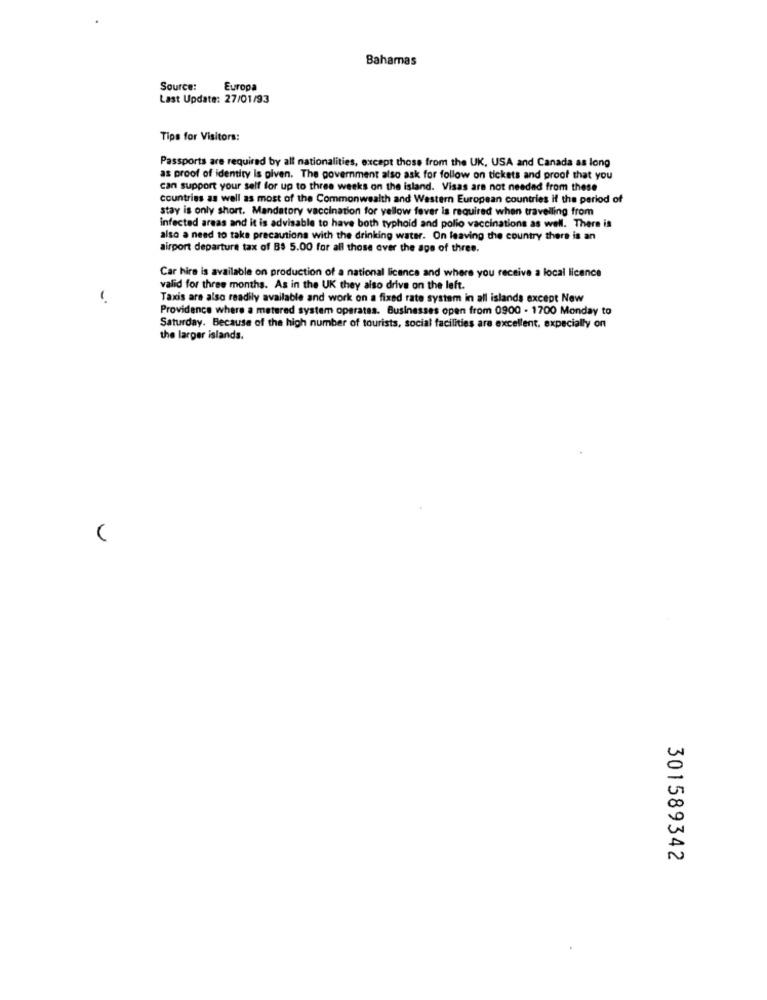
Bahamas
Source:
Europa
Last Update: 27/01/93
Tips for Visitors:
Passports are required by all nationalities, except those from the UK, USA and Canada as long
as proof of identity is given. The government also ask for follow on tickets and proof that you
can support your self for up to three weeks on the island. Visas are not needed from these
countries as well as most of the Commonwealth and Western European countries if the period of
stay is only short. Mandatory vaccination for yellow fever is required when travelling from
infected areas and it is advisable to have both typhoid and polio vaccinations as well. There is
also a need to take precautions with the drinking water. On leaving the country there is an
airport departure tax of BS 5.00 for all those over the age of three.
Car hire is available on production of a national licence and where you receive a local licence
valid for three months. As in the UK they also drive on the left.
Taxis are also readily available and work on a fixed rate system in all islands except Now
Providence where a metered system operates. Businesses open from 0900 - 1700 Monday to
Saturday. Because of the high number of tourists, social facilities are excellent, expecially on
the larger islands.
301589342